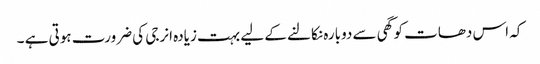
کہ اس دھات کو گھی سے دوبارہ نکالنے کے لیے بہت زیادہ انرجی کی ضرورت ہوتی ہے ۔